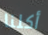
أكلنا